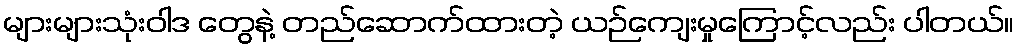
များများသုံးဝါဒ တွေနဲ့ တည်ဆောက်ထားတဲ့ ယဉ်ကျေးမှုကြောင့်လည်း ပါတယ်။